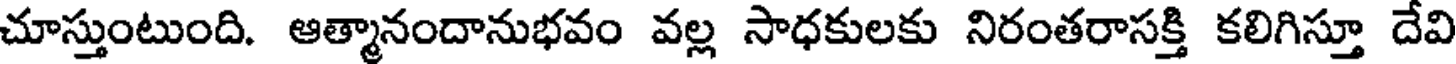
చూస్తుంటుంది. ఆత్మానందానుభవం వల్ల సాధకులకు నిరంతరాసక్తి కలిగిస్తూ దేవి